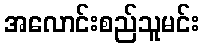
အလောင်းစည်သူမင်း